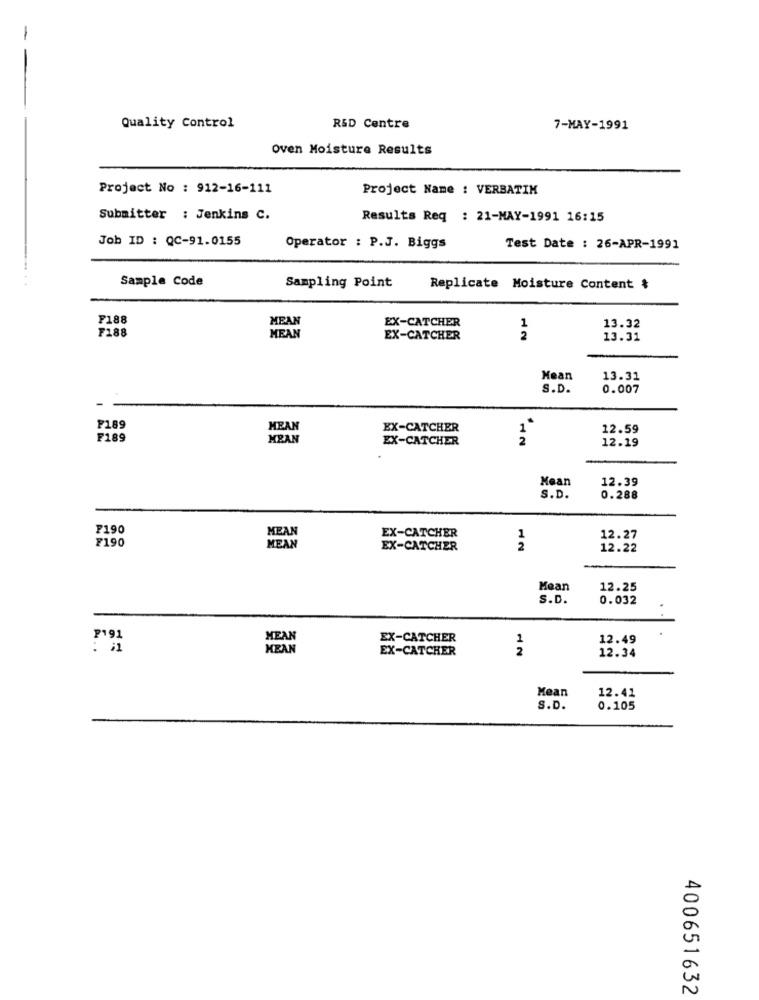
-
Quality Control
R&D Centre
7-MAY-1991
Oven Moisture Results
Project No : 912-16-111
Project Name : VERBATIM
Submitter : Jenkins C.
Results Req : 21-MAY-1991 16:15
Job ID : QC-91.0155
Operator : P.J. Biggs
Test Date : 26-APR-1991
Sample Code
Sampling Point
Replicate Moisture Content $
F188
MEAN
EX-CATCHER
1
13.32
F188
MEAN
EX-CATCHER
2
13.31
Mean
13.31
S.D.
0.007
F189
MEAN
EX-CATCHER
12.59
F189
MEAN
EX-CATCHER
12
12.19
Mean
12.39
S.D.
0.288
F190
MEAN
F190
EX-CATCHER
1
12.27
MEAN
EX-CATCHER
2
12.22
Mean
12.25
S.D.
0.032
P191
EX-CATCHER
1
12.49
KEAN
EX-CATCHER
2
12.34
Mean
12.41
S.D.
0.105
400651632